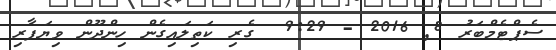
ސެޕްޓެމްބަރު 8